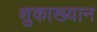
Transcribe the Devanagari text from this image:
शुकाख्यान